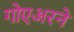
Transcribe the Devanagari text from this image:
गोएअरने